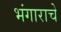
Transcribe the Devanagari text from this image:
भंगाराचे